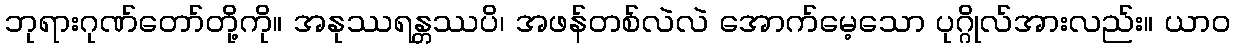
ဘုရားဂုဏ်တော်တို့ကို။ အနုဿရန္တဿပိ၊ အဖန်တစ်လဲလဲ အောက်မေ့သော ပုဂ္ဂိုလ်အားလည်း။ ယာဝ